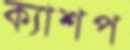
ক্যাশপ